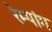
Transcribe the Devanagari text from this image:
रेम्पांग